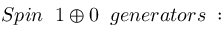
S p i n \; \; 1 \oplus 0 \; \; g e n e r a t o r s \; :